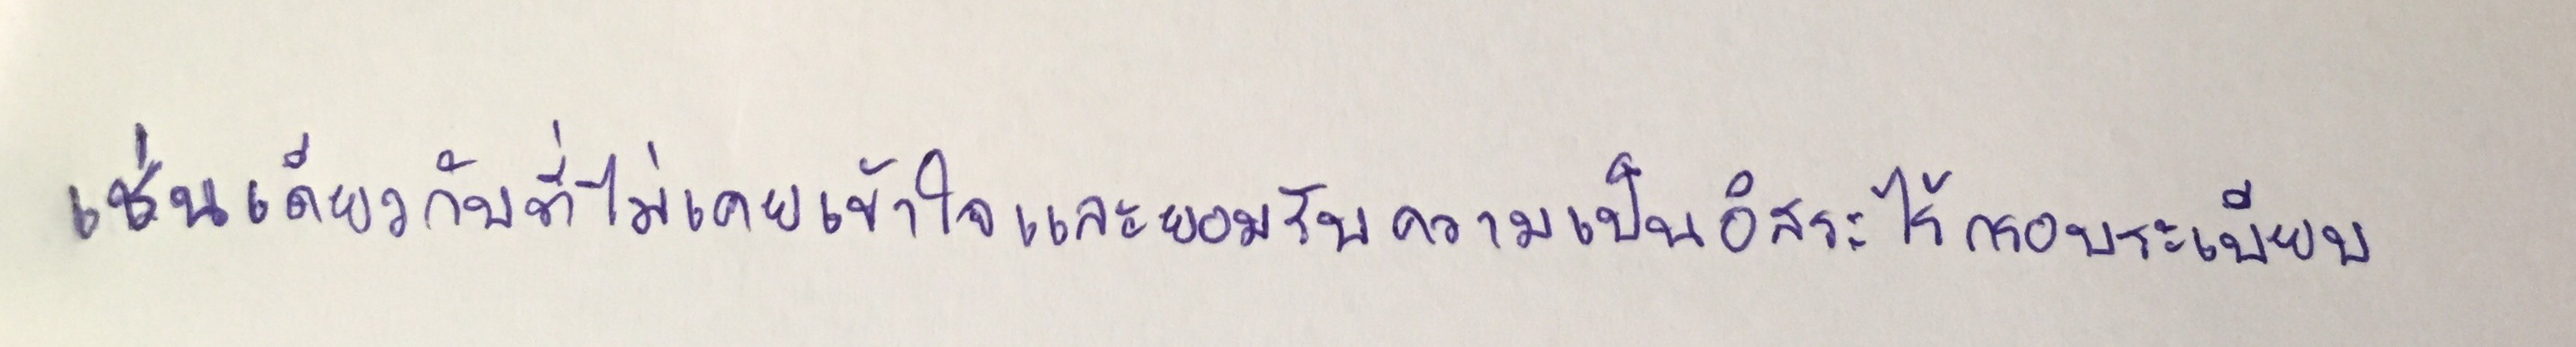
เช่นเดียวกับที่ไม่เคยเข้าใจและยอมรับความเป็นอิสระไร้กรอบระเบียบ